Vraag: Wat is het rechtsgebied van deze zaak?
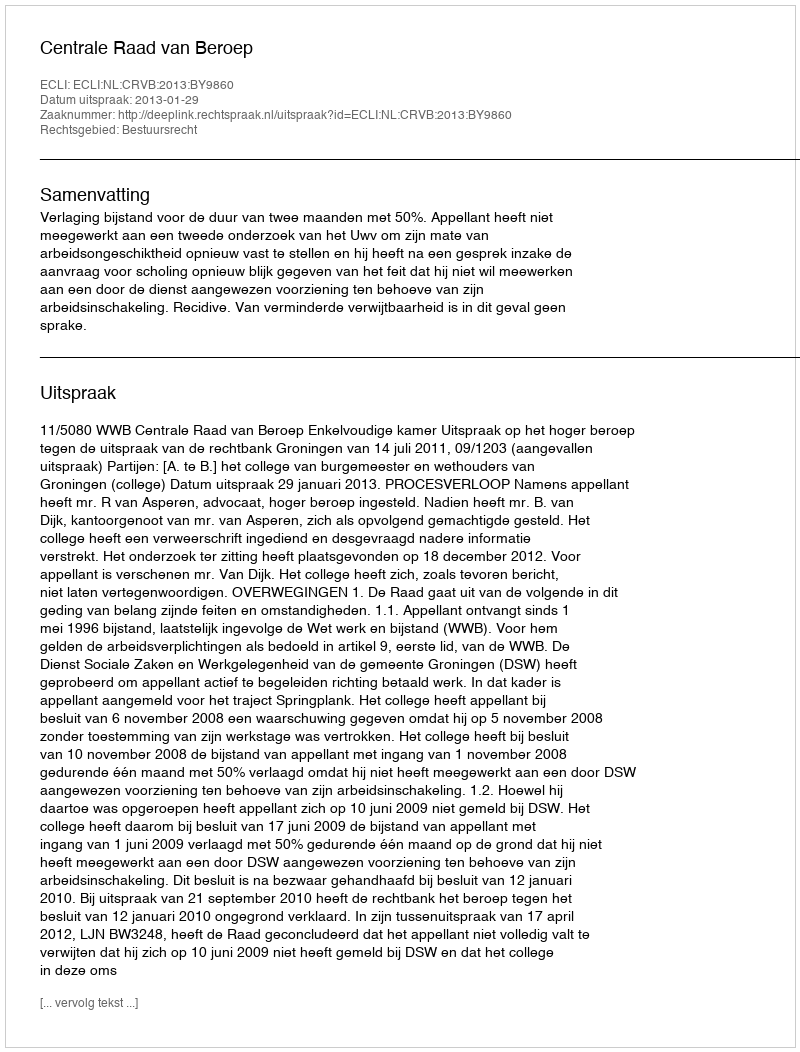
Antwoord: Bestuursrecht